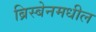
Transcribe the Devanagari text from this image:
ब्रिस्बेनमधील